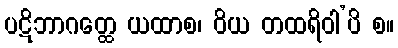
ပဋိဘာဂတ္ထေ ယထာစ၊ ဝိယ တထရိဝါ’ပိ စ။